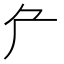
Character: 厃